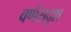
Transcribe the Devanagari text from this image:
वर्णसदृश